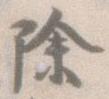
除